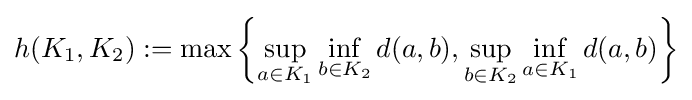
h(K_{1},K_{2}):=\max \left\{\sup _{a\in K_{1}}\inf _{b\in K_{2}}d(a,b),\sup _{b\in K_{2}}\inf _{a\in K_{1}}d(a,b)\right\}